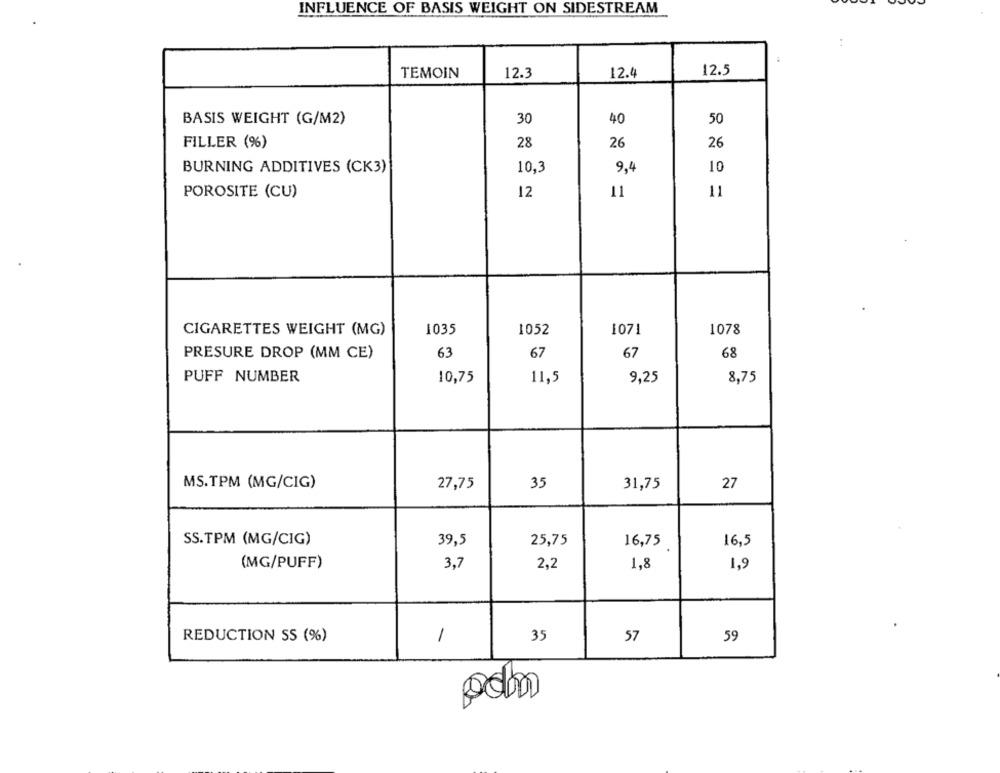
INFLUENCE OF BASIS WEIGHT ON SIDESTREAM
TEMOIN
12.3
12.4
12.5
BASIS WEIGHT (G/M2)
30
40
50
FILLER (%)
28
26
26
BURNING ADDITIVES (CK3)
10,3
9,4
10
POROSITE (CU)
12
11
11
CIGARETTES WEIGHT (MG)
1035
1052
1071
1078
PRESURE DROP (MM CE)
63
67
67
68
PUFF NUMBER
10,75
11,5
9,25
8,75
MS.TPM (MG/CIG)
27,75
35
31,75
27
SS.TPM (MG/CIG)
39,5
25,75
16,75
16,5
(MG/PUFF)
3,7
1,9
2,2
1,8
REDUCTION SS (%)
1
35
57
59